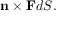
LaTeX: \mathbf { n } \times \mathbf { F } d S .